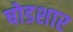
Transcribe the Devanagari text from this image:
षोडशार